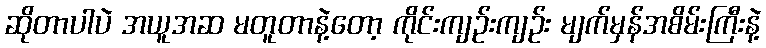
ဆိုတာပါပဲ အယူအဆ မတူတာနဲ့တော့ ကိုင်းကျဉ်းကျဉ်း မျက်မှန်အစိမ်းကြီးနဲ့